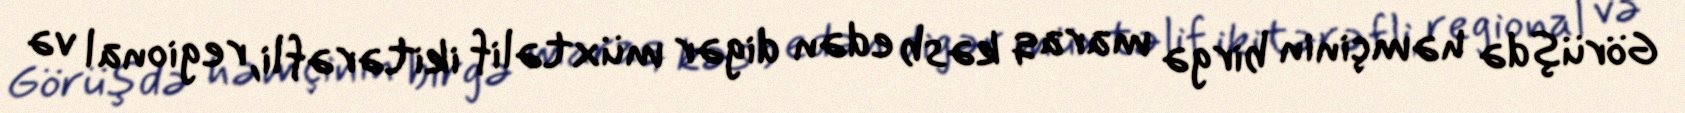
Görüşdə həmçinin birgə maraq kəsb edən digər müxtəlif ikitərəfli, regional və